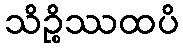
သိဉ္စိဿထပိ